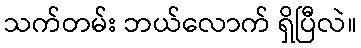
သက်တမ်း ဘယ်လောက် ရှိပြီလဲ။